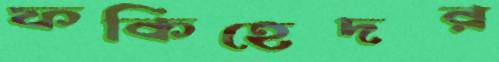
ফকিহেদর